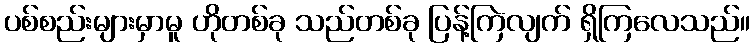
ပစ်စည်းများမှာမူ ဟိုတစ်ခု သည်တစ်ခု ပြန့်ကြဲလျက် ရှိကြလေသည်။